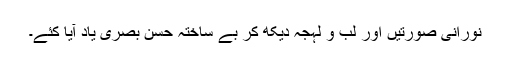
نورانی صورتیں اور لب و لہجہ دیکھ کر بے ساختہ حسن بصری یاد آیا کئے۔